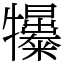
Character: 𤜌